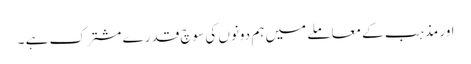
اور مذہب کے معاملے میں ہم دونوں کی سوچ قدرے مشترک ہے ۔